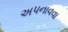
અપનાવવા